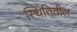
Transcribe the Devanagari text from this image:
स्थितितील